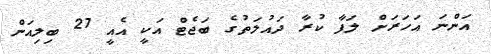
އަންނަ އަހަރަށް ލަފާ ކުރާ ދައުލަތުގެ ބަޖެޓް އަކީ އެއީ 27 ބިލިއަން